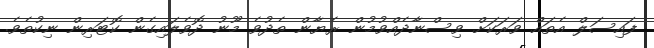
ފައިސަލް އެތައް ވަރަކަށް ވިސްނާދެއްވުމުން ރެޔާން ތެދުވެ މޫނު ދޮވެލައިގެން ކޮޓަރިން ނިކުތެވެ.